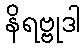
နိရဗ္ဗုဒါ